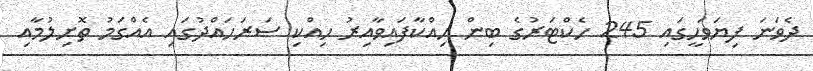
ދެވަނަ ފިޔަވަހީގައި 245 ހެކްޓަރުގެ ބިން ހިއްކާފައިވާއިރު ހިއްކި ސަރަހައްދުގައި އެއްގަމު ތޮށިލުމާއި